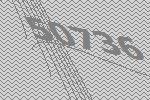
50736